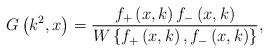
LaTeX: \begin{align*}G\left( k^{2},x\right) =\frac{f_{+}\left( x,k\right) f_{-}\left(x,k\right) }{W\left\{ f_{+}\left( x,k\right) ,f_{-}\left( x,k\right)\right\} },\end{align*}